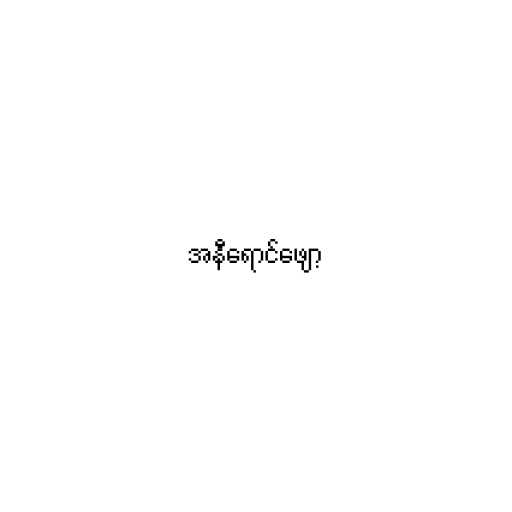
အနီရောင်ဖျော့